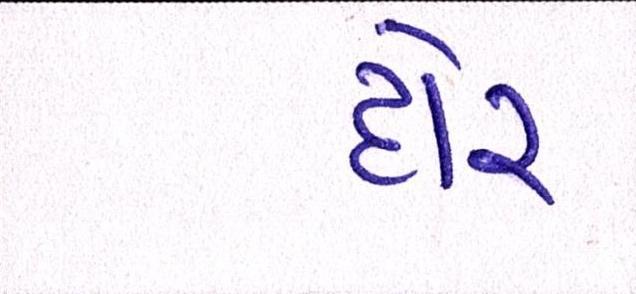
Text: દોર